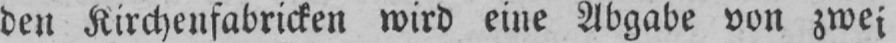
den Kirchenfabricken wird eine Abgabe von zwei